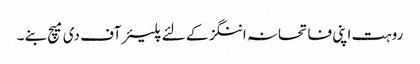
روہت اپنی فاتحانہ اننگز کے لئے پلیئر آف دی میچ بنے ۔